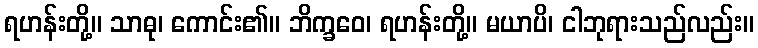
ရဟန်းတို့။ သာဓု၊ ကောင်း၏။ ဘိက္ခဝေ၊ ရဟန်းတို့။ မယာပိ၊ ငါဘုရားသည်လည်း။